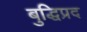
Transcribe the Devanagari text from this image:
बुद्धिप्रद